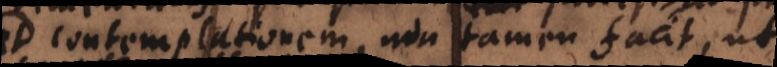
ad contemplationem, non tamen facit, ut